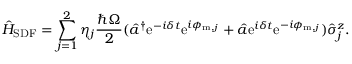
\hat { H } _ { \mathrm { S D F } } = \sum _ { j = 1 } ^ { 2 } \eta _ { j } \frac { \hbar \Omega } { 2 } ( \hat { a } ^ { \dagger } \mathrm { e } ^ { - i \delta t } \mathrm { e } ^ { i \phi _ { \mathrm { m } , j } } + \hat { a } \mathrm { e } ^ { i \delta t } \mathrm { e } ^ { - i \phi _ { \mathrm { m } , j } } ) \hat { \sigma } _ { j } ^ { z } .